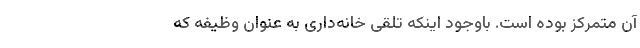
آن متمرکز بوده است. باوجود اینکه تلقی خانه‌داری به عنوان وظیفه که